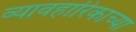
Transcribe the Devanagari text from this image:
व्यावहारिकाच्या